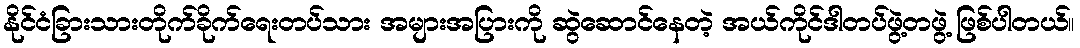
နိုင်ငံခြားသားတိုက်ခိုက်ရေးတပ်သား အများအပြားကို ဆွဲဆောင်နေတဲ့ အယ်ကိုင်ဒါတပ်ဖွဲ့တဖွဲ့ ဖြစ်ပါတယ်။